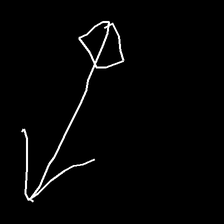
Glyph: focus